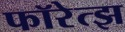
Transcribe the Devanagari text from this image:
फॉरेत्झ